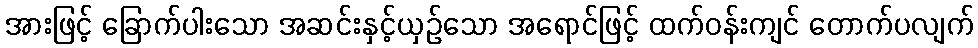
အားဖြင့် ခြောက်ပါးသော အဆင်းနှင့်ယှဉ်သော အရောင်ဖြင့် ထက်ဝန်းကျင် တောက်ပလျက်